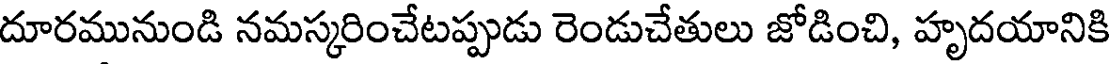
దూరమునుండి నమస్కరించేటప్పుడు రెండుచేతులు జోడించి, హృదయానికి